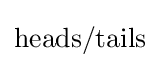
{\text{heads}}/{\text{tails}}